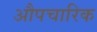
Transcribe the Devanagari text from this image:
अाैपचारिक